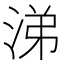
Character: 涕